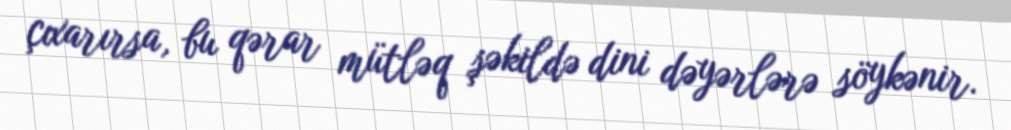
çıxarırsa, bu qərar mütləq şəkildə dini dəyərlərə söykənir.